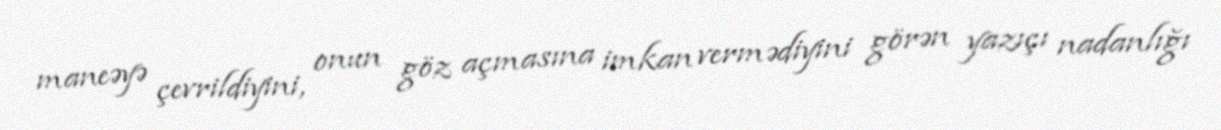
maneəyə çevrildiyini, onun göz açmasına imkan vermədiyini görən yazıçı nadanlığı